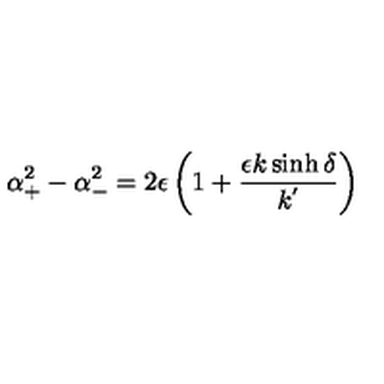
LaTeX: \alpha _ { + } ^ { 2 } - \alpha _ { - } ^ { 2 } = 2 \epsilon \left( 1 + \frac { \epsilon k \sinh \delta } { k ^ { ' } } \right)